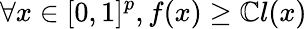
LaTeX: \forall x\in[0,1]^{p},f(x)\geq\mathbb{C}l(x)